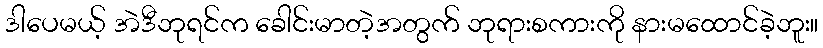
ဒါပေမယ့် အဲဒီဘုရင်က ခေါင်းမာတဲ့အတွက် ဘုရားစကားကို နားမထောင်ခဲ့ဘူး။